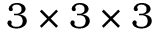
3 \times 3 \times 3